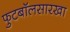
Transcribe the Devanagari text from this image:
फुटबॉलसारखा